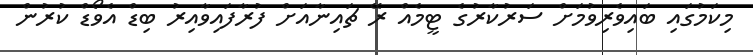
މިކަމުގައި ބައިވެރިވުމަށް ސަރުކާރުގެ ޓީމެއް ރޭ ޗައިނާއަށް ފުރާފައިވާއިރު ބިޑް އެވޯޑް ކުރުން